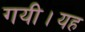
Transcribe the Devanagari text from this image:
गयी।यह